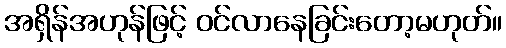
အရှိန်အဟုန်ဖြင့် ဝင်လာနေခြင်းတော့မဟုတ်။